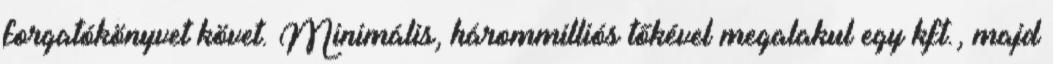
forgatókönyvet követ. Minimális, hárommilliós tőkével megalakul egy kft., majd